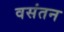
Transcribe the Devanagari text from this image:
वसंतन